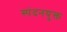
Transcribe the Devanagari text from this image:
स्पंदनयुक्त